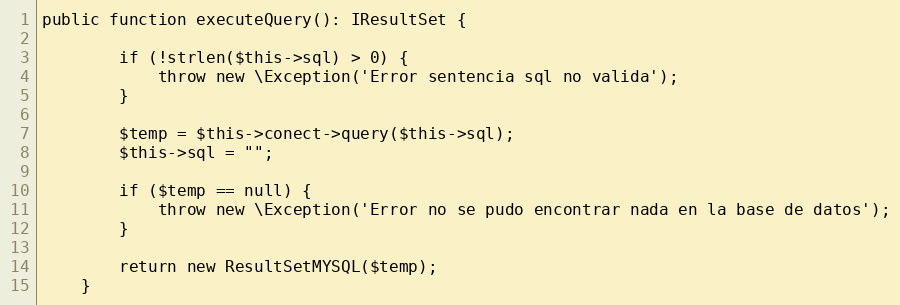
Language: PHP
public function executeQuery(): IResultSet {

        if (!strlen($this->sql) > 0) {
            throw new \Exception('Error sentencia sql no valida');
        }

        $temp = $this->conect->query($this->sql);
        $this->sql = "";

        if ($temp == null) {
            throw new \Exception('Error no se pudo encontrar nada en la base de datos');
        }

        return new ResultSetMYSQL($temp);
    }